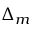
\Delta _ { m }